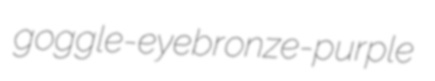
goggle-eye bronze-purple